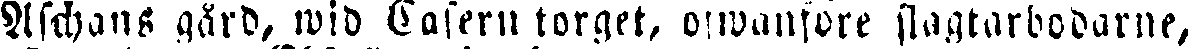
Aschans gård, wid Casern torget, ofwanfore slagtarbodarne,